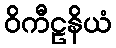
ဝိကီဠနိယံ